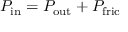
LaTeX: P _ { \mathrm { i n } } = P _ { \mathrm { o u t } } + P _ { \mathrm { f r i c } }